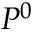
P ^ { 0 }